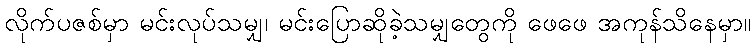
လိုက်ပဇစ်မှာ မင်းလုပ်သမျှ၊ မင်းပြောဆိုခဲ့သမျှတွေကို ဖေဖေ အကုန်သိနေမှာ။